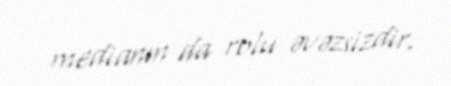
medianın da rolu əvəzsizdir.